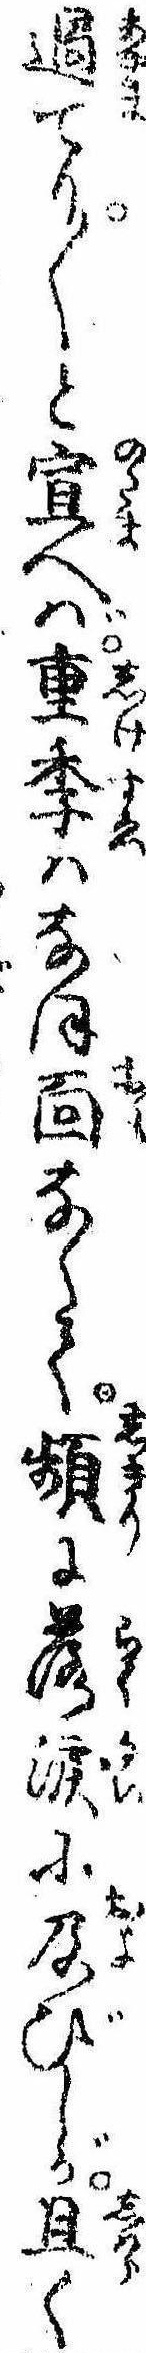
過てり〱と宣へば重季はなほ面なくて頻に落涙に及びしが且く